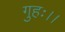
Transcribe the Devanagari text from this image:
गुहः।।